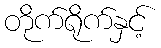
တိုက်ရိုက်နှင့်